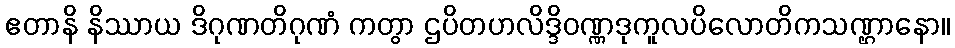
ဧတာနိ နိဿာယ ဒိဂုဏတိဂုဏံ ကတွာ ဌပိတဟလိဒ္ဒိဝဏ္ဏဒုကူလပိလောတိကသဏ္ဌာနော။